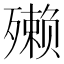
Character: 𪵇